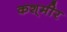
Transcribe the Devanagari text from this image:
कश्‌मीर